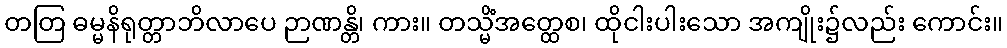
တတြ ဓမ္မနိရုတ္တာဘိလာပေ ဉာဏန္တိ၊ ကား။ တသ္မိံအတ္ထေစ၊ ထိုငါးပါးသော အကျိုး၌လည်း ကောင်း။